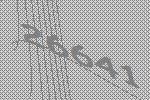
26641